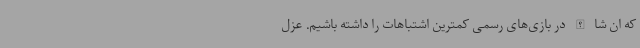
که ان شا الله در بازی‌های رسمی کمترین اشتباهات را داشته باشیم. عزل